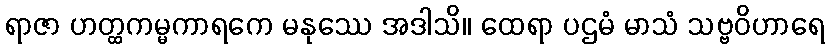
ရာဇာ ဟတ္ထကမ္မကာရကေ မနုဿေ အဒါသိ။ ထေရာ ပဌမံ မာသံ သဗ္ဗဝိဟာရေ